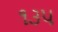
૧૩૫